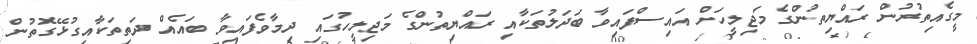
މީގެއިތުރުން ރައްޔިތުންގެ މަޖިލީހަށް އައިސްފައިވާ ބަދަލުތަކާއި ރައްޔިތުންގެ މަޖިލީހުގައި ދިމާވެފައިވާ ބައެއް ދަތިތަކާއިގުޅޭގޮތުން